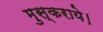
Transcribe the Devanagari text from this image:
मुस्कराये।